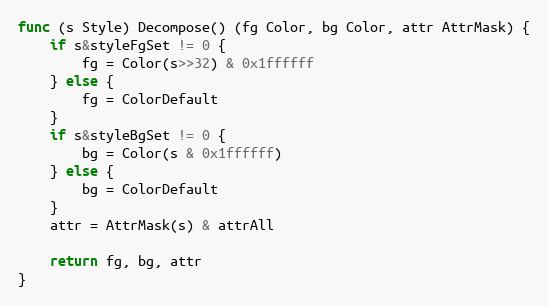
Language: Go
func (s Style) Decompose() (fg Color, bg Color, attr AttrMask) {
	if s&styleFgSet != 0 {
		fg = Color(s>>32) & 0x1ffffff
	} else {
		fg = ColorDefault
	}
	if s&styleBgSet != 0 {
		bg = Color(s & 0x1ffffff)
	} else {
		bg = ColorDefault
	}
	attr = AttrMask(s) & attrAll

	return fg, bg, attr
}